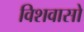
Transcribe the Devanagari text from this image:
विशवासो